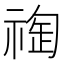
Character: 𥚬